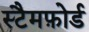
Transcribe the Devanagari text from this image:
स्टैमफ़ोर्ड